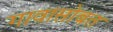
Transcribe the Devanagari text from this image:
गावासोबत